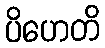
ပိဟေတိ